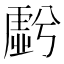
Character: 𮓩